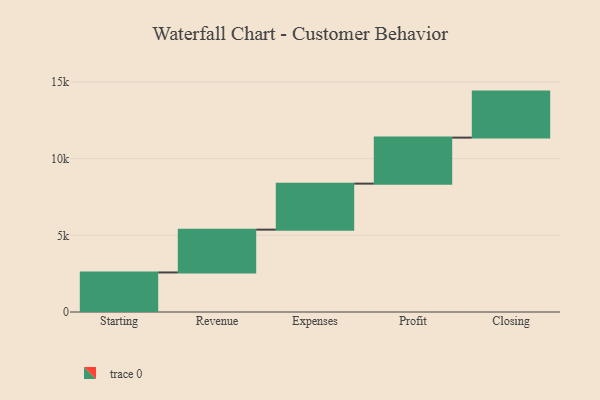
{"axis": {"x": "Step", "y": "Value"}, "legend": [""], "data": [{"x": "Starting", "y": 2578.0, "type": ""}, {"x": "Revenue", "y": 2791.0, "type": ""}, {"x": "Expenses", "y": 3000, "type": ""}, {"x": "Profit", "y": 3000, "type": ""}, {"x": "Closing", "y": 3000, "type": ""}]}